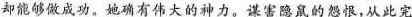
却能够做成功。她确有伟大的神力。谋害隐鼠的怨恨，从此完